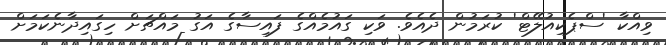
ވިއްކާ 'ސްޕެކިއުލޭޓް' ކުރަމުން ދެއެވެ. ވަކި ގައުމެއްގެ ފައިސާގެ އަގު މައްޗަށް ހިގައިދާނެކަމަށް